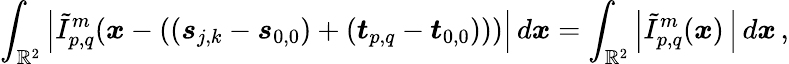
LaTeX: \int_{\mathbb{R}^{2}}\left\vert\tilde{I}_{p,q}^{m}(\boldsymbol{x}-\left(\left(\boldsymbol{s}_{j,k}-\boldsymbol{s}_{0,0}\right)+\left(\boldsymbol{t}_{p,q}-\boldsymbol{t}_{0,0}\right)\right))\right\vert\, d\boldsymbol{x}=\int_{\mathbb{R}^{2}}\left\vert\tilde{I}_{p,q}^{m}(\boldsymbol{x})\, \right\vert\, d\boldsymbol{x}\, ,